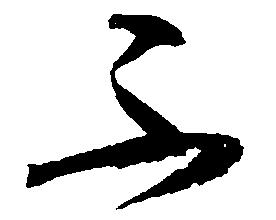
不